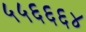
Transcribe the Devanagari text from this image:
५५६६६४